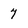
Character: 7